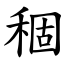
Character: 稒